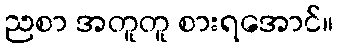
ညစာ အတူတူ စားရအောင်။